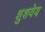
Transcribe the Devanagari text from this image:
शुशवेय